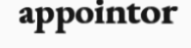
appointor